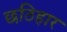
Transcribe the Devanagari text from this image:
छठिहार